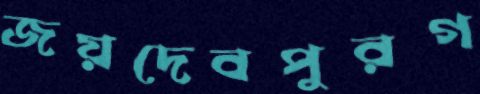
জয়দেবপুরগ